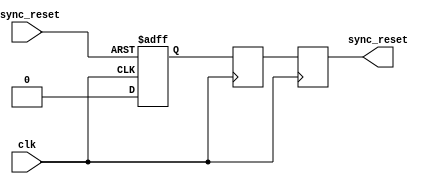
module async_reset_synchronizer (
    input wire async_reset,   // Asynchronous reset input
    input wire clk,           // Clock signal
    output reg sync_reset     // Synchronized reset output
);

    // Internal signals for the two-stage synchronization
    reg sync_reset_1;         // First stage output
    reg sync_reset_2;         // Second stage output

    // Synchronous process for capturing the asynchronous reset
    always @(posedge clk or posedge async_reset) begin
        if (async_reset) begin
            sync_reset_1 <= 1'b1; // Assert the first stage on async reset
        end else begin
            sync_reset_1 <= 1'b0; // Deassert the first stage
        end
    end

    always @(posedge clk) begin
        sync_reset_2 <= sync_reset_1; // Capture the first stage output
    end

    // Final synchronized reset output
    always @(posedge clk) begin
        sync_reset <= sync_reset_2; // Output the synchronized reset
    end

endmodule